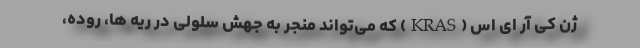
ژن کِی آر‌ ای اس (KRAS) که می‌تواند منجر به جهش سلولی در ریه ها، روده،